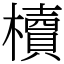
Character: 櫝